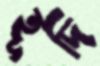
হূদি